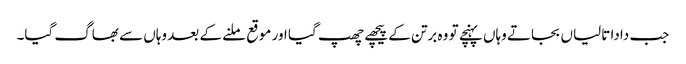
جب دادا تالیاں بجاتے وہاں پہنچے تو وہ برتن کے پیچھے چھپ گیا اور موقع ملنے کے بعد وہاں سے بھاگ گیا۔